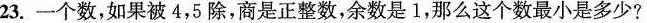
23.一个数，如果被4，5除，商是正整数，余数是1，那么这个数最小是多少?